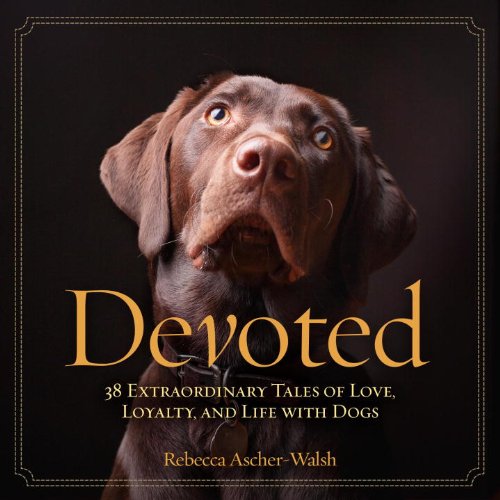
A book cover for Devoted: 38 Extraordinary Tales of Love, Loyalty, and Life With Dogs; Rebecca Ascher-Walsh; Crafts, Hobbies & Home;